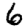
Digit: 6